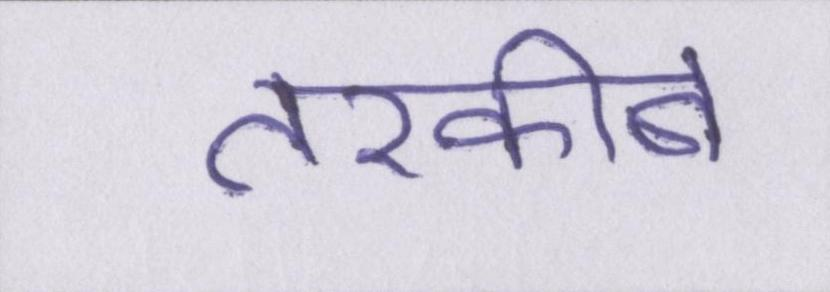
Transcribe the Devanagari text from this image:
तरकीब